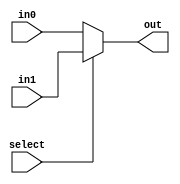
module mux_2oneBit(out, select, in0, in1);
    input select;
    input in0, in1;
    output out;
    assign out = select ? in1 : in0;
endmodule